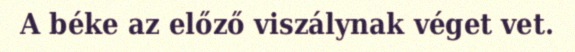
A béke az előző viszálynak véget vet.